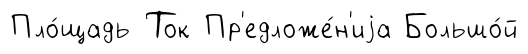
Пло́щадь Ток Пр'едложе́н'иjа Большо́й